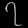
Digit: ၇